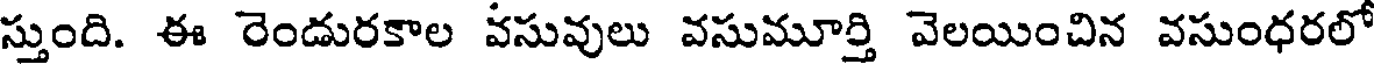
స్తుంది. ఈ రెండురకాల వసువులు వసుమూర్తి వెలయించిన వసుంధరలో